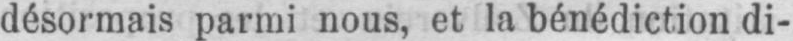
désormais parmi nous, et la bénédiction di-